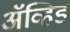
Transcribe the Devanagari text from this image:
अॅव्हिड